Indian journal of veterinary science and animal husbandry - Volume 8,
Year: 1938
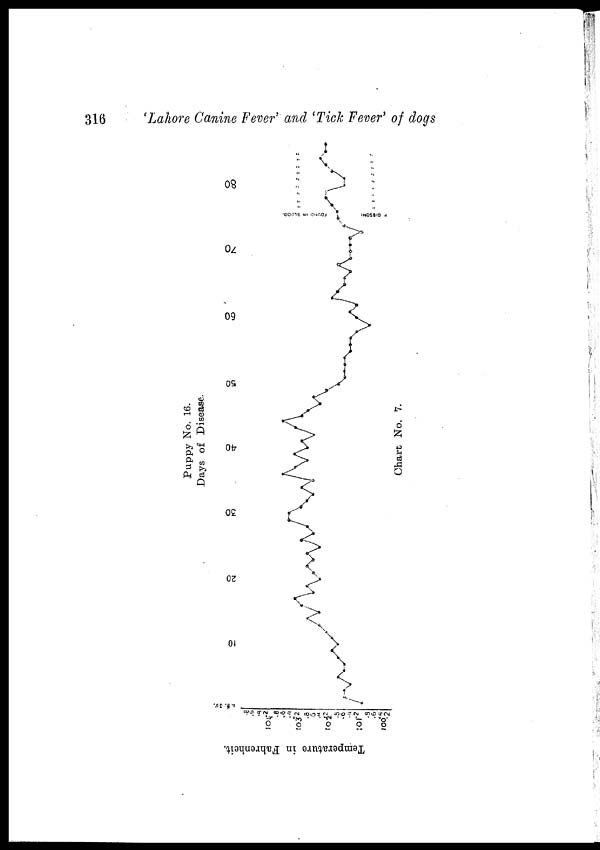
316
'Lahore Canine Fever' and 'Tick Fever' of dogs
Puppy No. 16.
Days of Disease.
Chart No. 7.
Temperature in Fahrenheit.